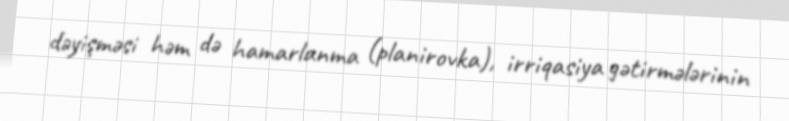
dəyişməsi həm də hamarlanma (planirovka), irriqasiya gətirmələrinin